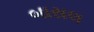
બાસલ